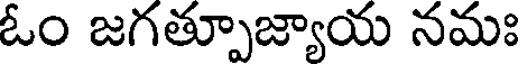
ఓం జగత్పూజ్యాయ నమః